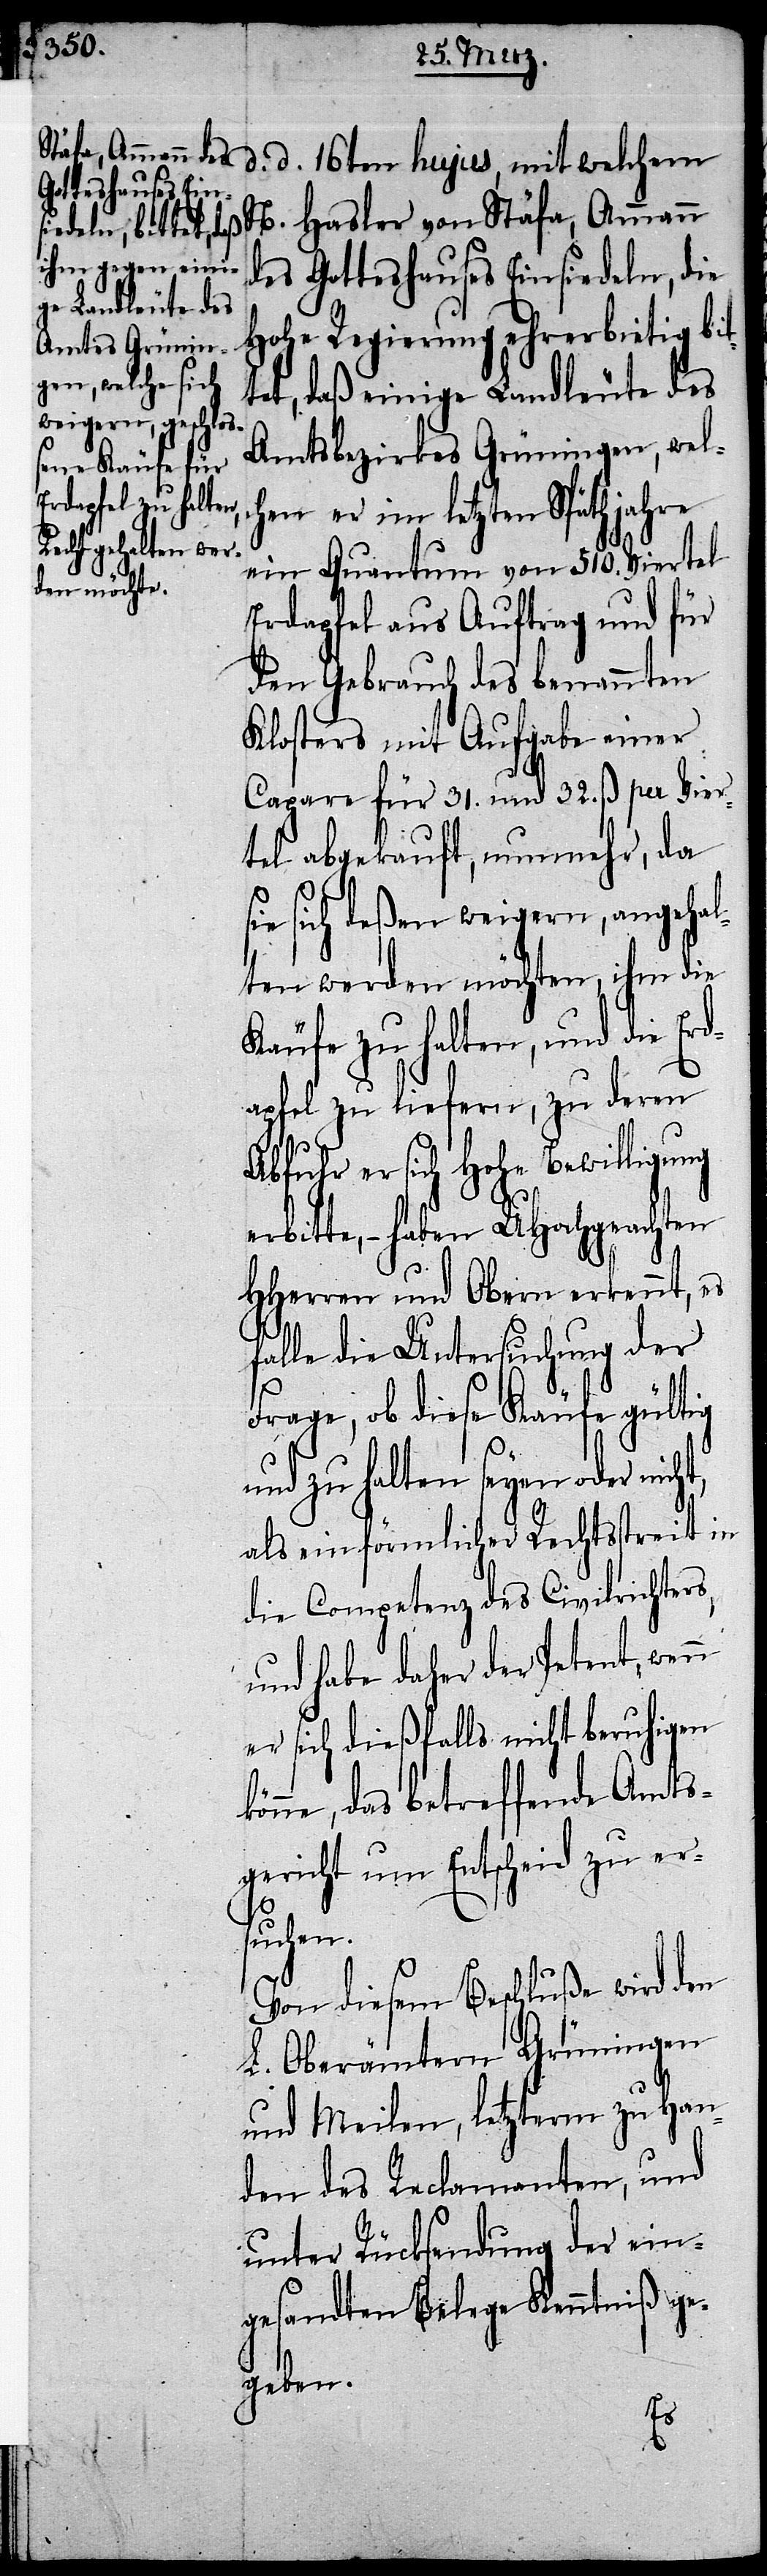
d. d. 16ten hujus, mit welchem
N. Hasler von Stäfa, Ammann
des Gotteshauses Einsiedeln, die
Hohe Regierung ehrerbietig bit¬
tet, daß einige Landleute des
Amtsbezirkes Grüningen, wel¬
chen er im letzten Späthjahre
ein Quantum von 510. Viertel
Erdapfel aus Auftrag und für
den Gebrauch des benannten
Klosters mit Aufgabe einer
Capare für 31. und 32. ß. per Vier¬
tel abgekauft, nunmehr, da
sich deßen weigern, angehal¬
ten werden möchten, ihm die
Käufe zu halten, und die Erd¬
apfel zu liefern, zu deren
Abfuhr er sich Hohe Bewilligung
erbitte, – haben UHochgeachten
HHerren und Obern erkennt, es
falle die Untersuchung der
Frage, ob diese Käufe gültig
und zu halten seyen oder nicht,
als ein förmlicher Rechtsstreit in
die Competenz des Civilrichters,
und habe daher der Petent, wenn
er sich dießfalls nicht beruhigen
önne, das betreffende Amts¬
gericht um Entscheid zu er¬
suchen.
Von diesem Beschluße wird den
L. Oberämtern Grüningen
und Meilen, letzterm zu Han¬
den des Reclamanten, und
unter Rücksendung der ein¬
gesandten Belege Kenntniß ge¬
geben.
k¬